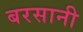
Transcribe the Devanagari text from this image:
बरसानी